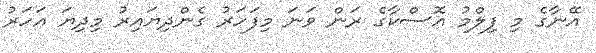
އޭނާގެ މި ފިލްމު އޮސްކާގެ ރަން ވަނަ މިފަހަރު ގެންދިޔައިރު މިދިޔަ އަހަރު